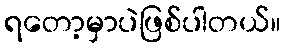
ရတော့မှာပဲဖြစ်ပါတယ်။